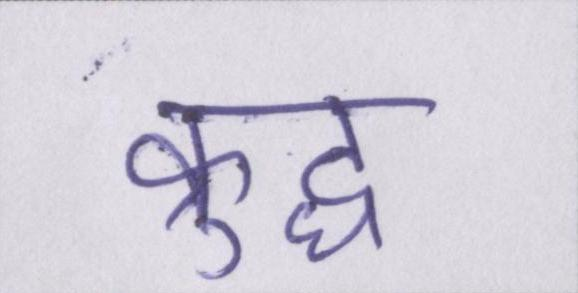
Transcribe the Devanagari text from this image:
क्रुद्ध